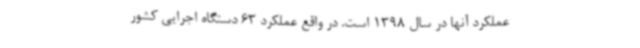
عملکرد آنها در سال 1398 است. در واقع عملکرد 63 دستگاه اجرایی کشور